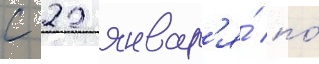
с 22 январ'я́ по́